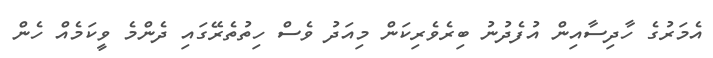
އެމަރުގެ ހާދިސާއިން އުފެދުނު ބިރެވެރިކަން މިއަދު ވެސް ހިތުތެރޭގައި ދެންމެ ވީކަމެއް ހެން